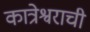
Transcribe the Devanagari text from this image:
कात्रेश्वराची